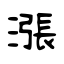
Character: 漲